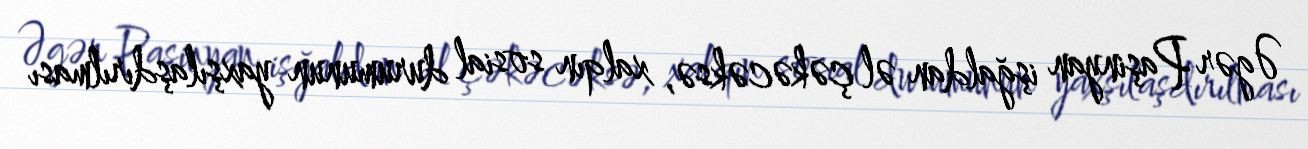
Əgər Paşinyan işğaldan əl çəkəcəksə, xalqın sosial durumunun yaxşılaşdırılması